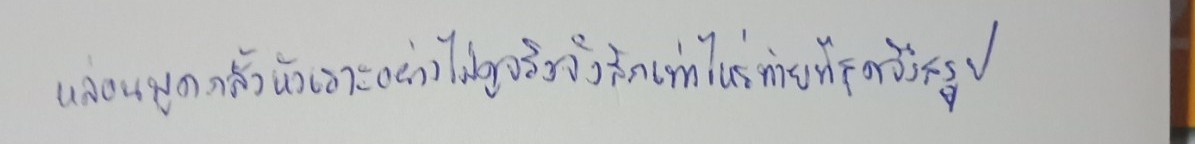
หล่อนพูดกลั้วหัวเราะอย่างไม่ดูจริงจังสักเท่าไหร่ท้ายที่สุดจึงสรุป